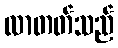
လာတတ်သည်